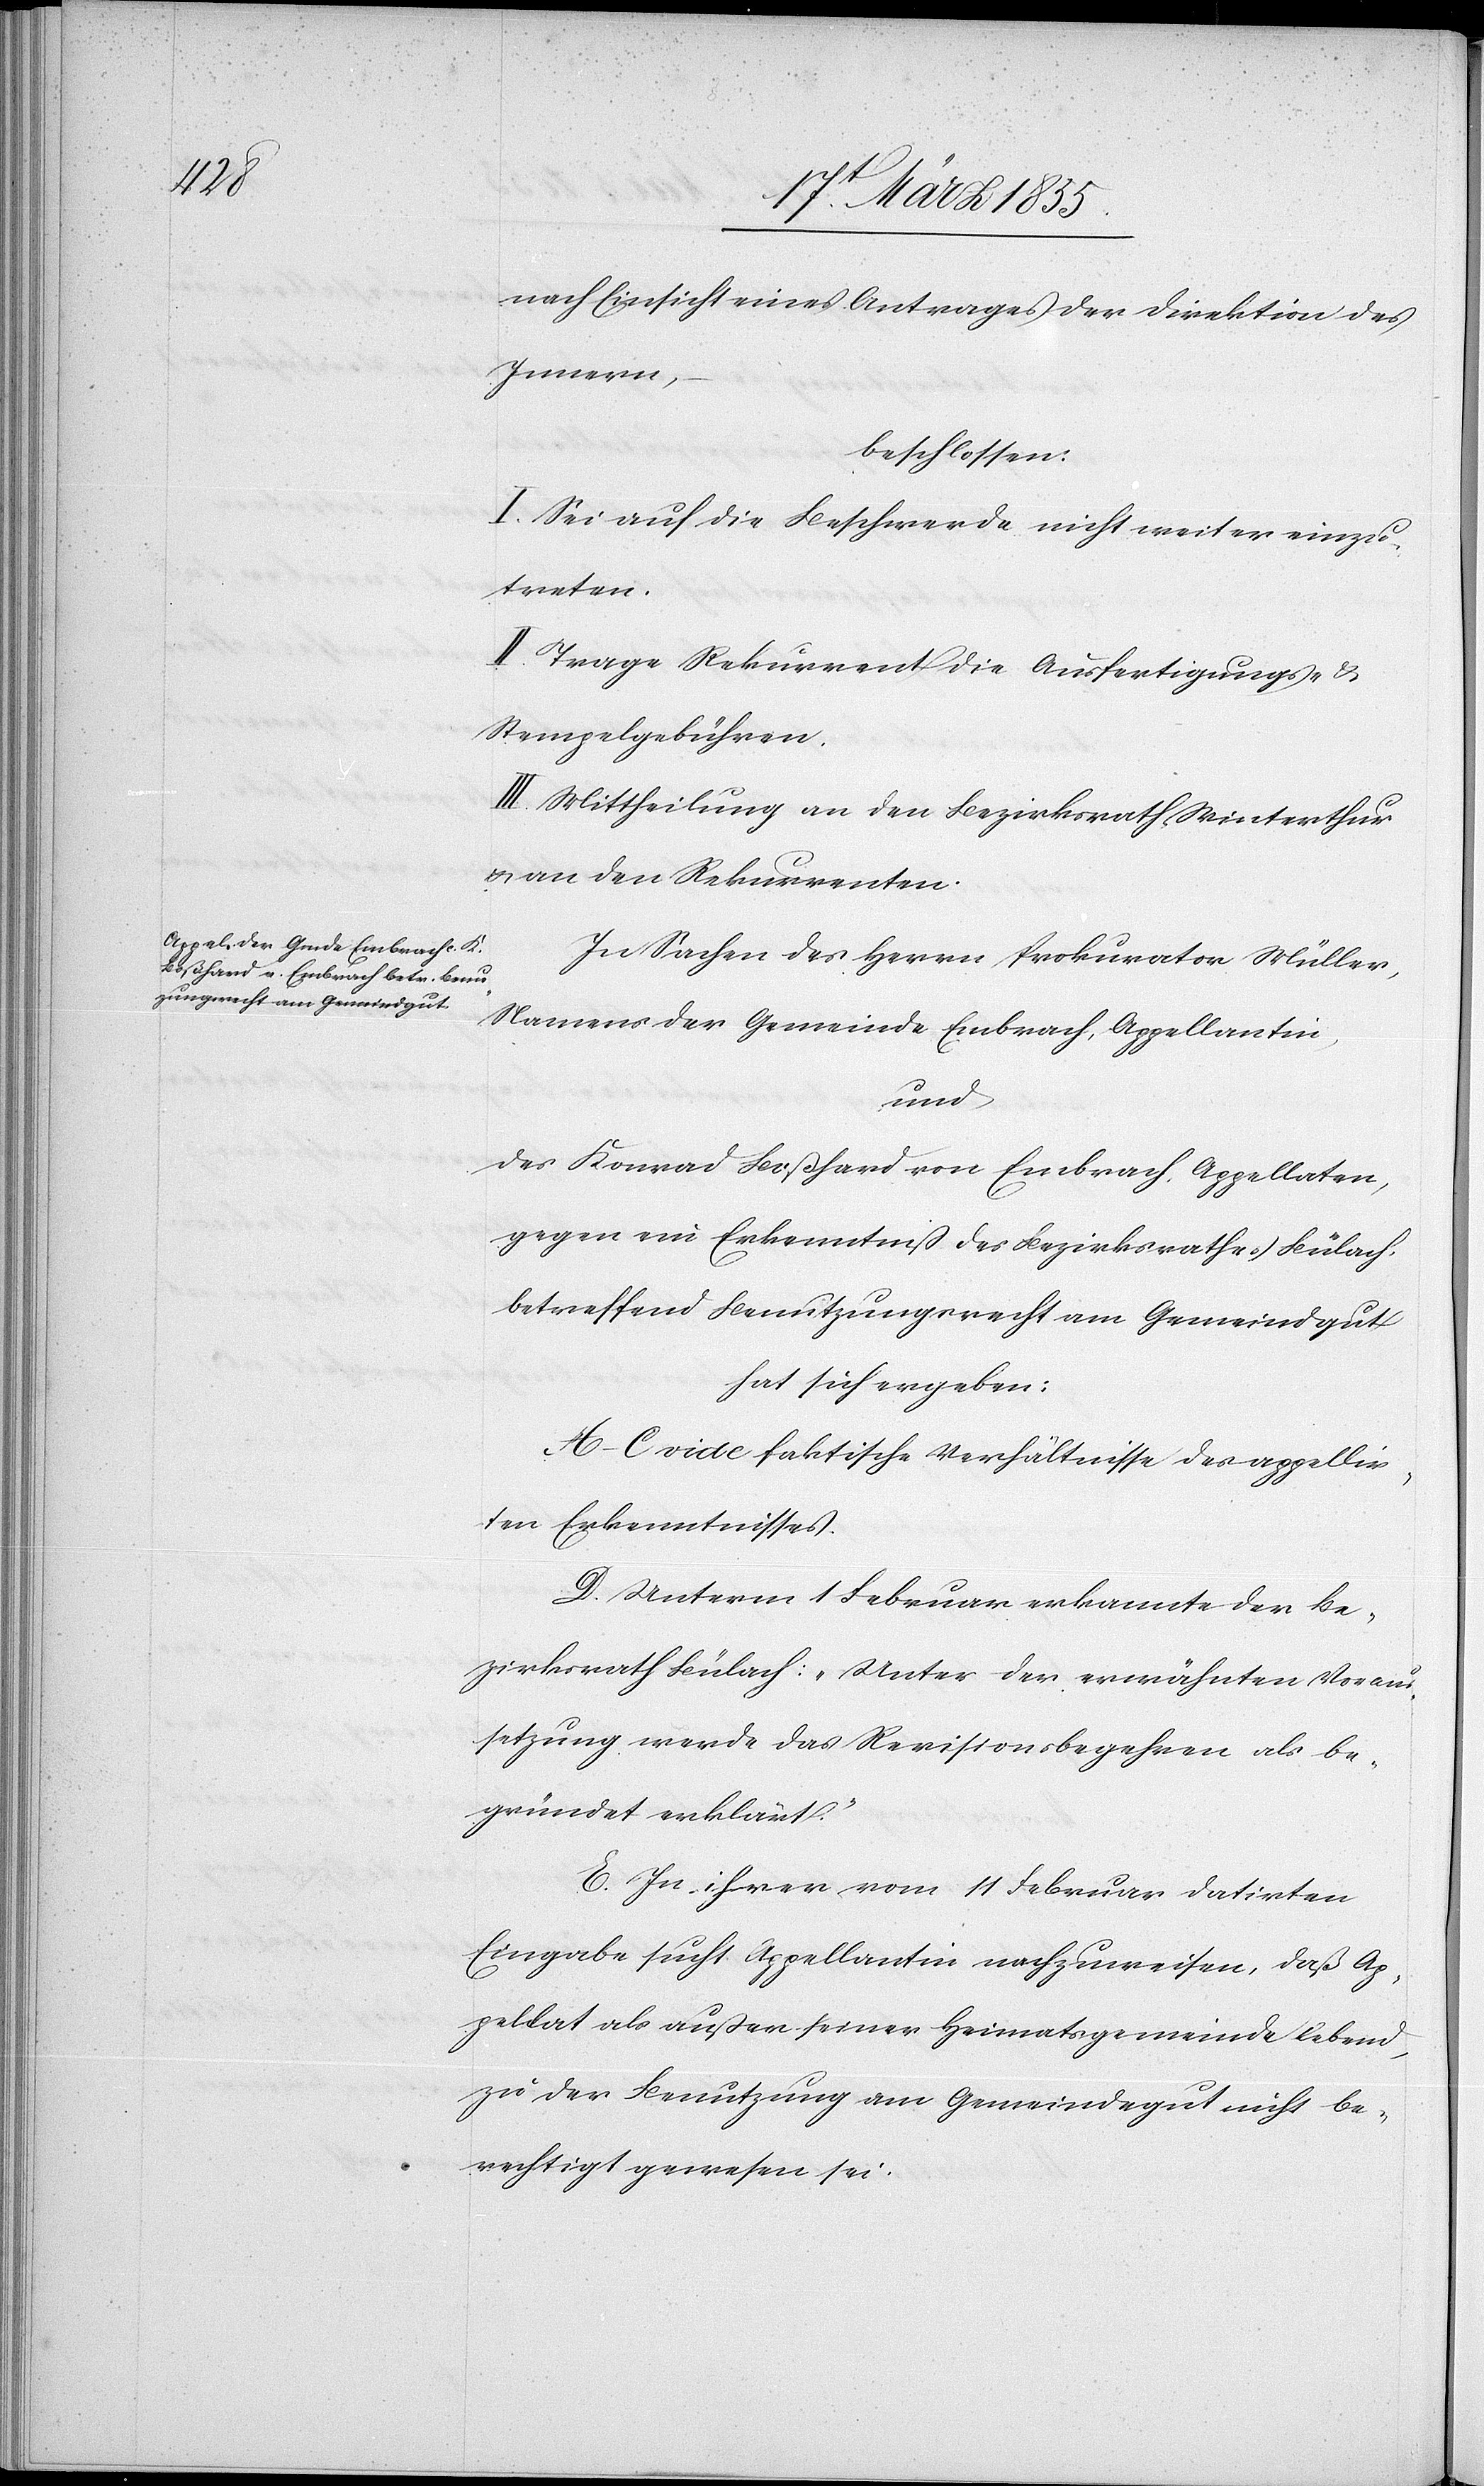
nach Einsicht eines Antrages der Direktion des
Innern,
beschlossen:
I. Sei auf die Beschwerde nicht weiter einzu¬
treten.
II. Trage Rekurrent die Ausfertigungs- &
Stempelgebühren.
III. Mittheilung an den Bezirksrath Winterthur
& an den Rekurrenten.
In Sachen des Herrn Prokurator Müller,
Namens der Gemeinde Embrach, Appellantin,
und
des Konrad Boßhard von Embrach, Appellaten,
gegen ein Erkenntniß des Bezirksrathes Bülach,
betreffend Benutzungsrecht am Gemeindgut
hat sich ergeben:
A–C vide faktische Verhältnisse des appellir¬
ten Erkenntnisses.
D. Unterm 1 Februar erkannte der Be¬
zirksrath Bülach: „Unter der erwähnten Voraus¬
setzung werde das Revisionsbegehren als be¬
gründet erklärt.“
E. In ihrer vom 11 Februar datirten
Eingabe sucht Appellantin nachzuweisen, daß Ap¬
pellat als außer seiner Heimatsgemeinde lebend,
zu der Benutzung am Gemeindegut nicht be¬
rechtigt gewesen sei.